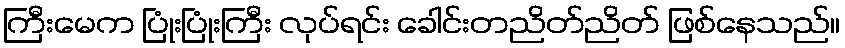
ကြီးမေက ပြုံးပြုံးကြီး လုပ်ရင်း ခေါင်းတညိတ်ညိတ် ဖြစ်နေသည်။